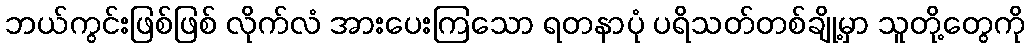
ဘယ်ကွင်းဖြစ်ဖြစ် လိုက်လံ အားပေးကြသော ရတနာပုံ ပရိသတ်တစ်ချို့မှာ သူတို့တွေကို